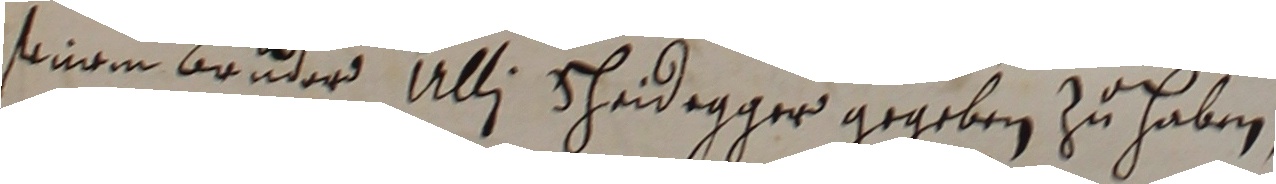
seinem bruder Ulli Sheidegger gegeben zu haben,